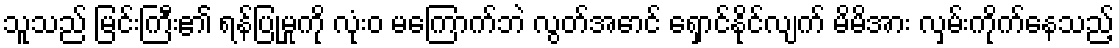
သူသည် မြင်းကြီး၏ ရန်ပြုမှုကို လုံးဝ မကြောက်ဘဲ လွတ်အောင် ရှောင်နိုင်လျက် မိမိအား လှမ်းကိုက်နေသည့်